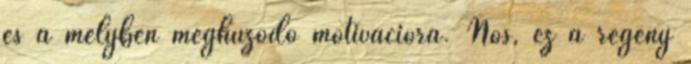
és a mélyben meghúzódó motivációra. Nos, ez a regény